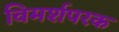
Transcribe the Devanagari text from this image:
विमर्शपरक